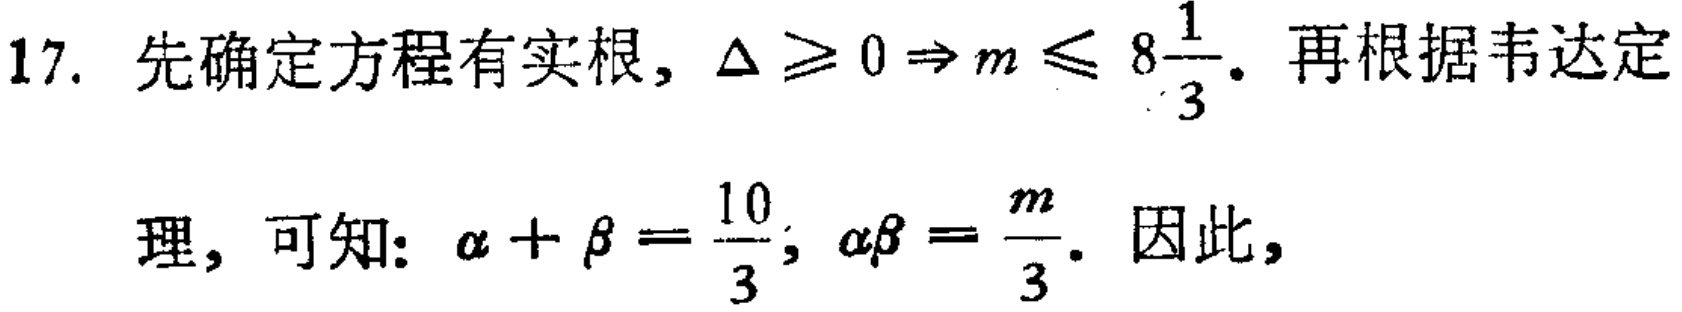
17. 先确定方程有实根, $\Delta \geqslant 0\Rightarrow m\leqslant 8\frac{1}{3}$. 再根据韦达定
理, 可知: $\alpha+\beta=\frac{10}{3}$, $\alpha\beta=\frac{m}{3}$. 因此,